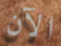
الآن